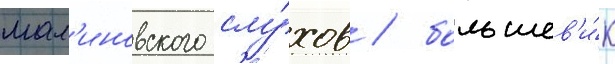
мал'иновского слу́хов / большев'и́к